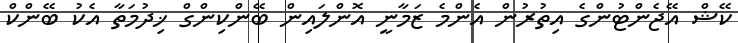
ކޭޝް އޭޖެންޓުންގެ އިތުރުން އެންމެ ޒަމާނީ އޮންލައިން ބޭންކިންގް ޚިދުމަތާ އެކު ބޭންކް